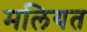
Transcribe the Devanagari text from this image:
मलियत